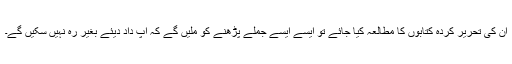
ان کی تحریر کردہ کتابوں کا مطالعہ کیا جائے تو ایسے ایسے جملے پڑھنے کو ملیں گے کہ آپ داد دیئے بغیر رہ نہیں سکیں گے۔